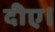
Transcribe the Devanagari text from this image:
दीए।